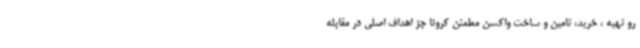
رو تهیه ، خرید، تامین و ساخت واکسن مطمئن کرونا جز اهداف اصلی در مقابله